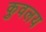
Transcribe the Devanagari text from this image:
कुवलय